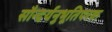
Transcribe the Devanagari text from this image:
सौन्दर्यनुभूतिपरक